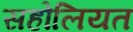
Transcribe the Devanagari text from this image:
सहोलियत